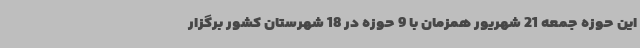
این حوزه جمعه 21 شهریور همزمان با 9 حوزه در 18 شهرستان کشور برگزار